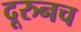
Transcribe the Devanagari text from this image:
दूरुनच